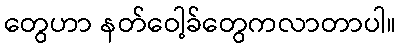
တွေဟာ နတ်ဝေါ့ခ်တွေကလာတာပါ။